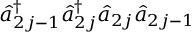
\hat { a } _ { 2 j - 1 } ^ { \dagger } \hat { a } _ { 2 j } ^ { \dagger } \hat { a } _ { 2 j } \hat { a } _ { 2 j - 1 }